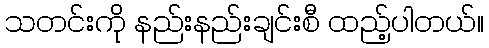
သတင်းကို နည်းနည်းချင်းစီ ထည့်ပါတယ်။